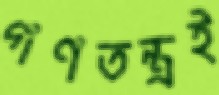
গণতন্ত্রই